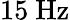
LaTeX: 15\ \mathrm{Hz}